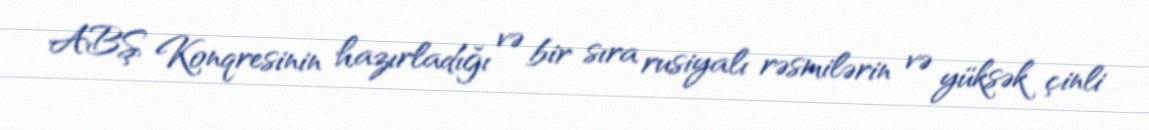
ABŞ Konqresinin hazırladığı və bir sıra rusiyalı rəsmilərin və yüksək çinli